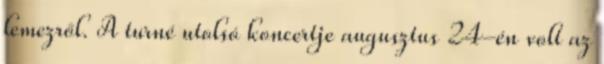
lemezről. A turné utolsó koncertje augusztus 24-én volt az